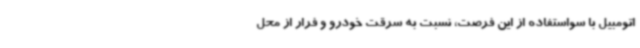
اتومبیل با سواستفاده از این فرصت، نسبت به سرقت خودرو و فرار از محل